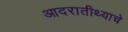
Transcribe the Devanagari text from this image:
आदरातीथ्याचे